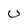
Character: u